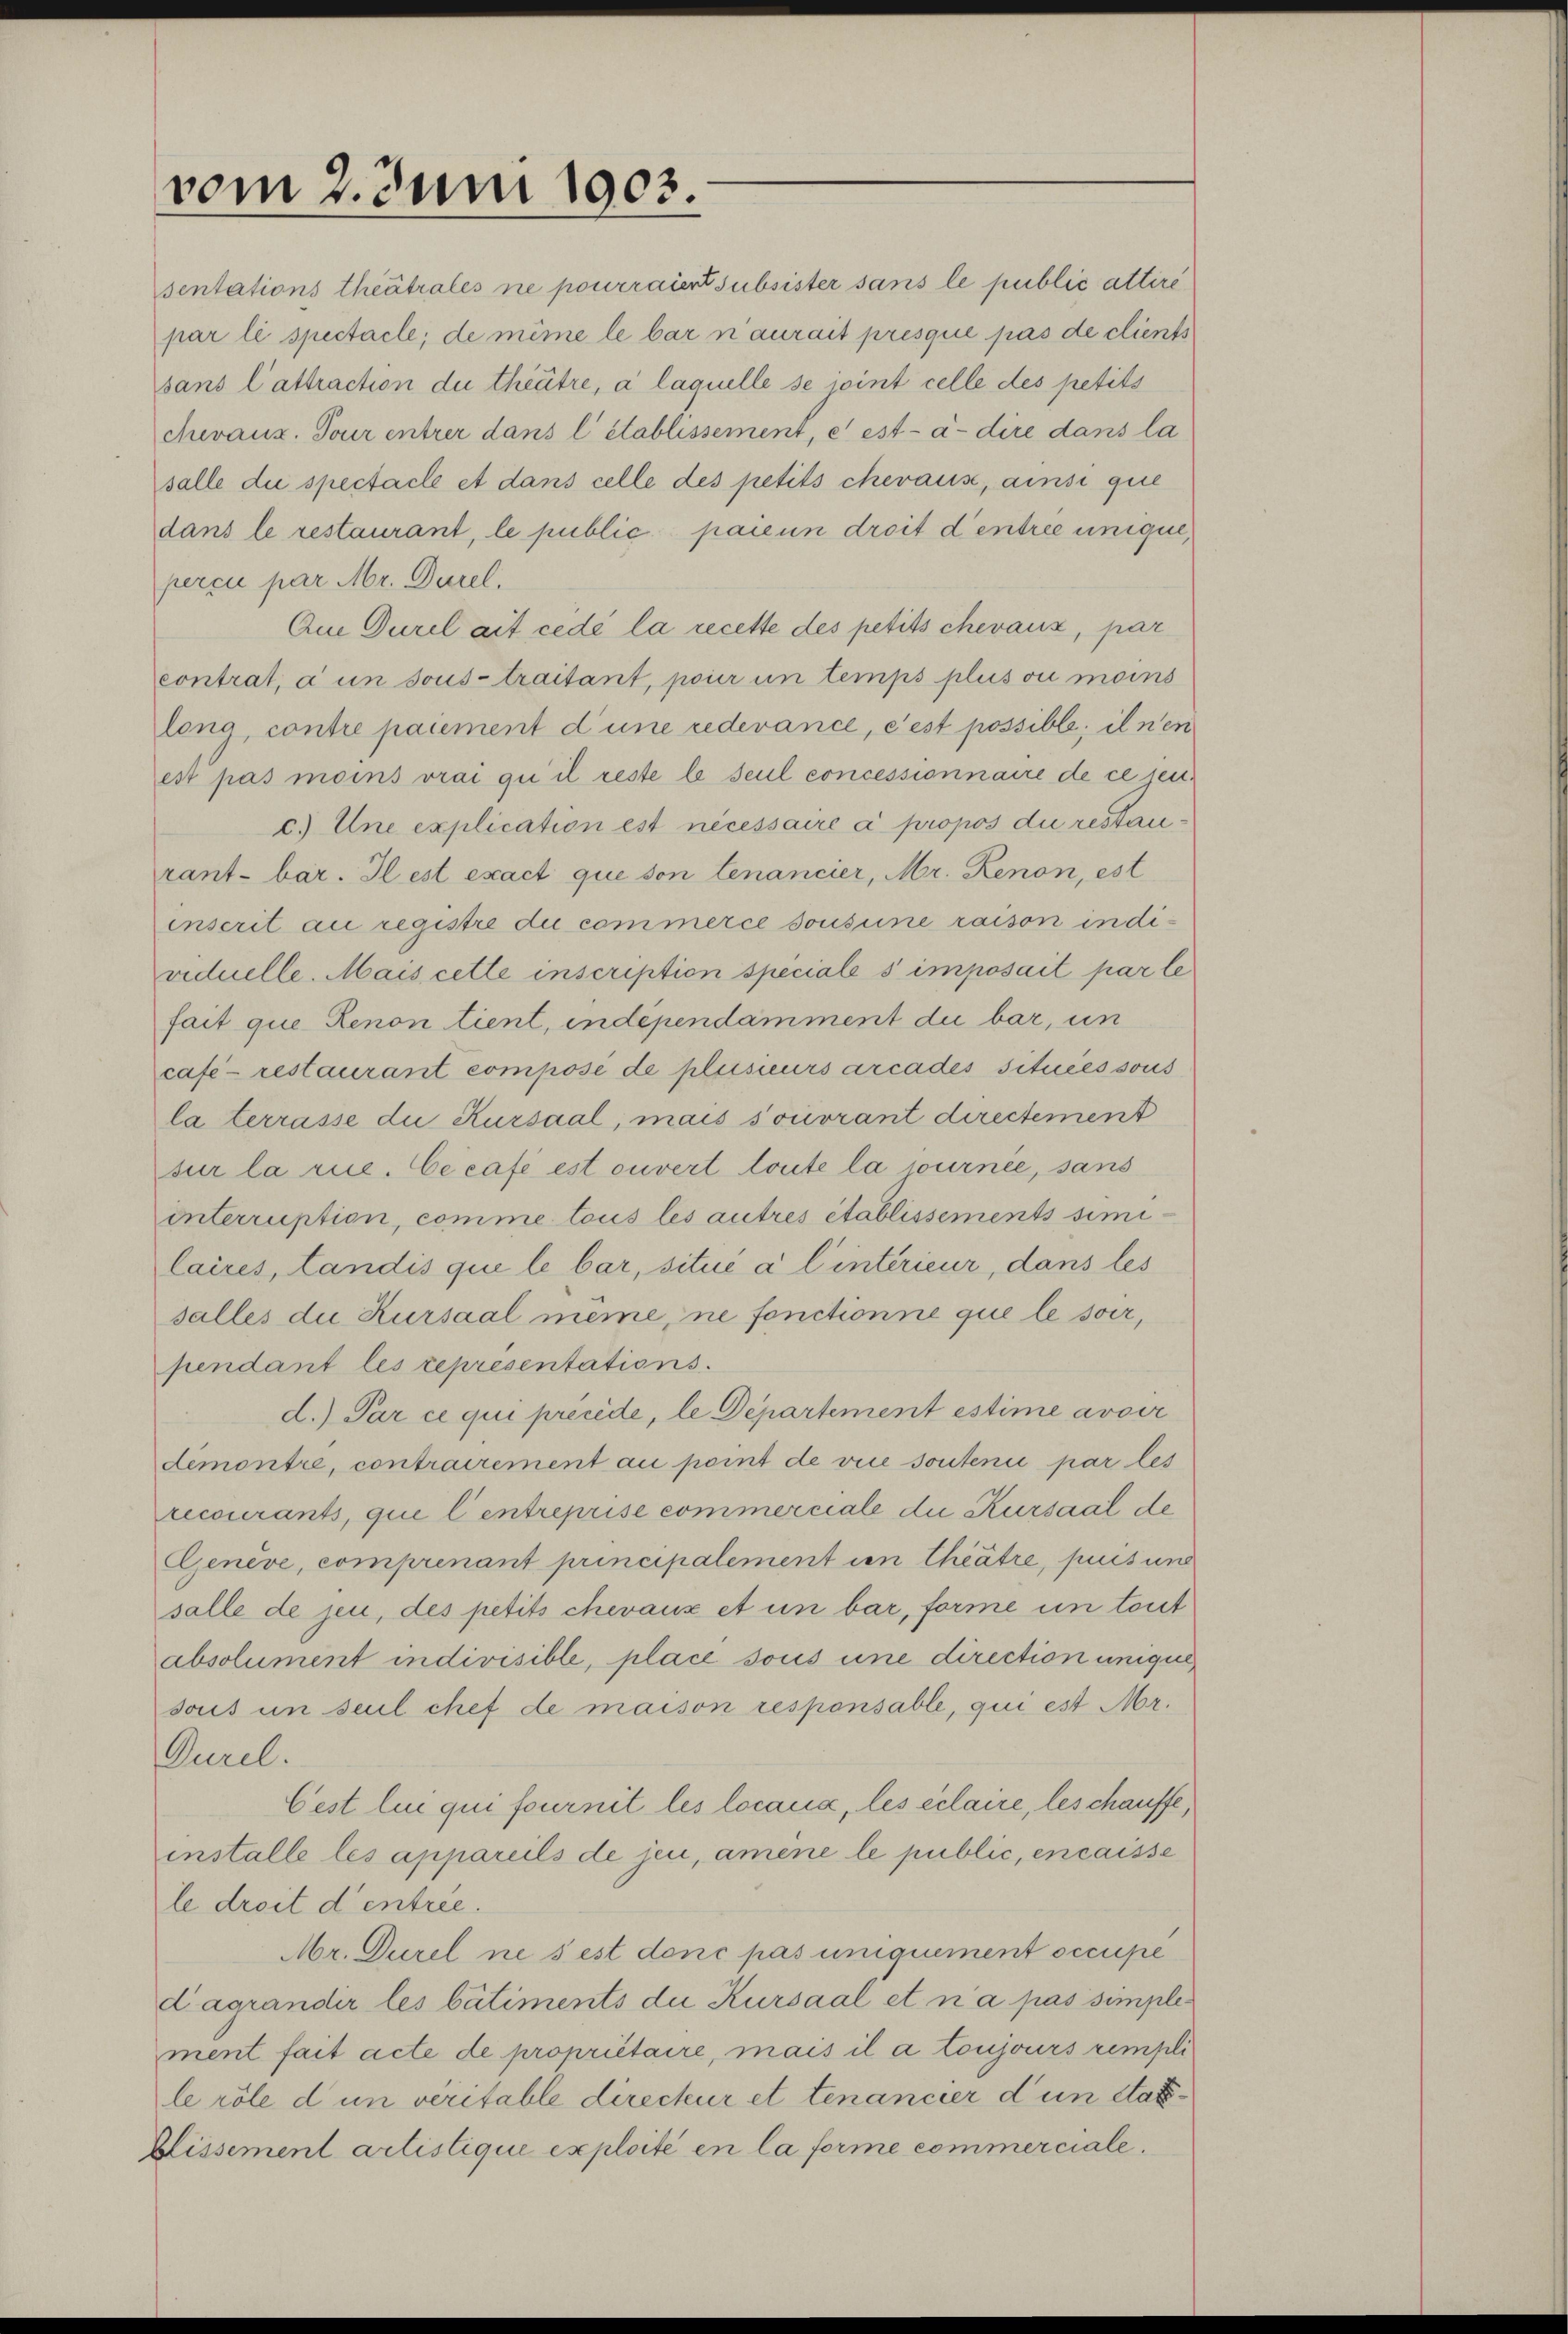
vom 2. Juni 1903.

chevaux. Tour entrer dans l’établissement, et est-à-dire dans la
salle die spectacle et dans celle des petits chevaus, ainsi que
dans le restaurant, le public pacun droit d’entree unique,
percu par Mr. Durel.
Au Durel ait cédée la recette des petits chevaux, par
contrat, à un sous-traitant, pour un temps plus ou moins
long, contre paument d’une redevance, c’est possible; il nen
est pas moins vrai qui il reste le seul concessionnaire de ce sen.
c) Une explication est nécessaire à propos die restaurant-bar. Il est exact que son tenancier, Mr. Renon, est
inscrit au registre du commerce sousine raison individuelle. Mais cette inscription speciale simposait par le
fait que Renon tient, indépendamment die bar, un
cafe- restaurant compose de plusieurs arcades situées sous
la terrasse die Kursaal, mais souvrant directement
sur la rue. Cecafé est ouvert toute la journée, sans
interruption, comme tous les autres établissements similaires, Landis qui le bar, situé à l’intérieur, dans les
salles die Kursaal meme, ne fonctionne que le soir,
pendant les représentations.
d.) Par ce qui précédé, le Departement estime avoir
demontre, contrairement au point de vice souteni par les
recourants, qui l’entreprise commerciale die Kursaal de
Genève, comprenant principalement in theätre, puis und
salle de jen, des petits chevaux et un bar, forme un tout
absolument indivisible, place sous une direction unique,
sous in seul chef de maison responsable, qui est Mr.
Durel.
Cest lui qui fournit les locans, les eclaire, les chauffe,
installe les appareils de jen, amene le public, encaisse
le droit d’entree.
Mr. Durel ne sest donc pas uniquement occupé
dagrandir les bâtiments die Kursaal et n’a pas simplement fait acte de propriétaire, mais il a toujours rempli
lrôle d un veritable directur et tenancier dun état¬
Blissement artistique exploité en la forme commerciale.

sentations theatrales ne pourraient subsister sans le public attire
par li spectacle; de même le bar n’aurait presque pas de client
sans Cattraction du theitre, à laquelle se sint celle des petits